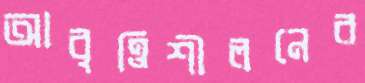
আবৃত্তিশীলনের